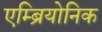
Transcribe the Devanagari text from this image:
एम्ब्रियोनिक